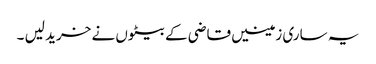
یہ ساری زمینیں قاضی کے بیٹوں نے خرید لیں ۔